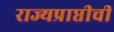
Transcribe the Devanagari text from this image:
राज्यप्राप्तीची